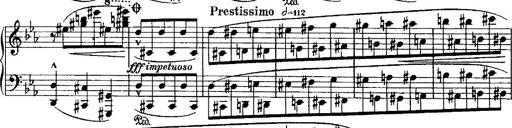
Title: Grande valse di bravura
Composer: Franz Liszt